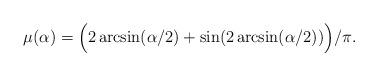
LaTeX: \begin{align*}\mu(\alpha) = \Big( 2\arcsin(\alpha/2) +\sin(2\arcsin(\alpha/2)) \Big)/\pi.\end{align*}